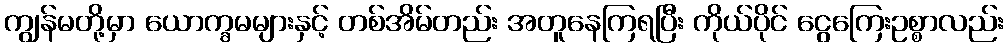
ကျွန်မတို့မှာ ယောက္ခမများနှင့် တစ်အိမ်တည်း အတူနေကြရပြီး ကိုယ်ပိုင် ငွေကြေးဥစ္စာလည်း